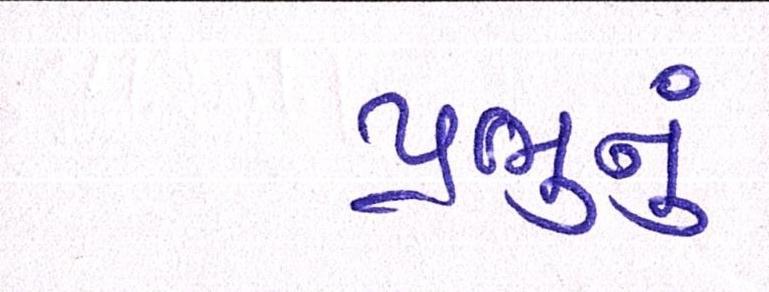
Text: પ્રભુનું